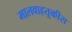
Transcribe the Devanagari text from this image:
मालवाहतूकीस